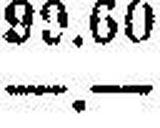
—.—